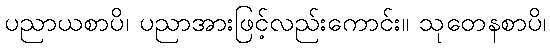
ပညာယစာပိ၊ ပညာအားဖြင့်လည်းကောင်း။ သုတေနစာပိ၊